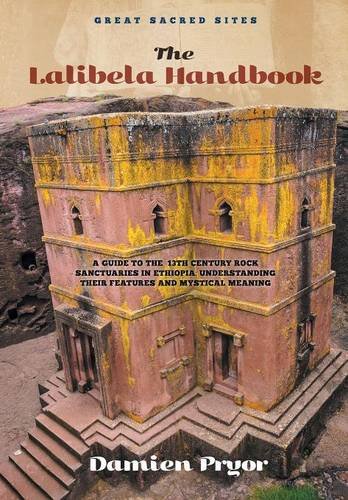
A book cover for The Lalibela Handbook; Damien Pryor; Travel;